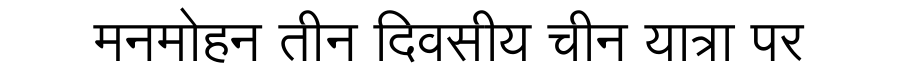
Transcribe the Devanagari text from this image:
मनमोहन तीन दिवसीय चीन यात्रा पर